Tartu_linnavalitsus, lk 14
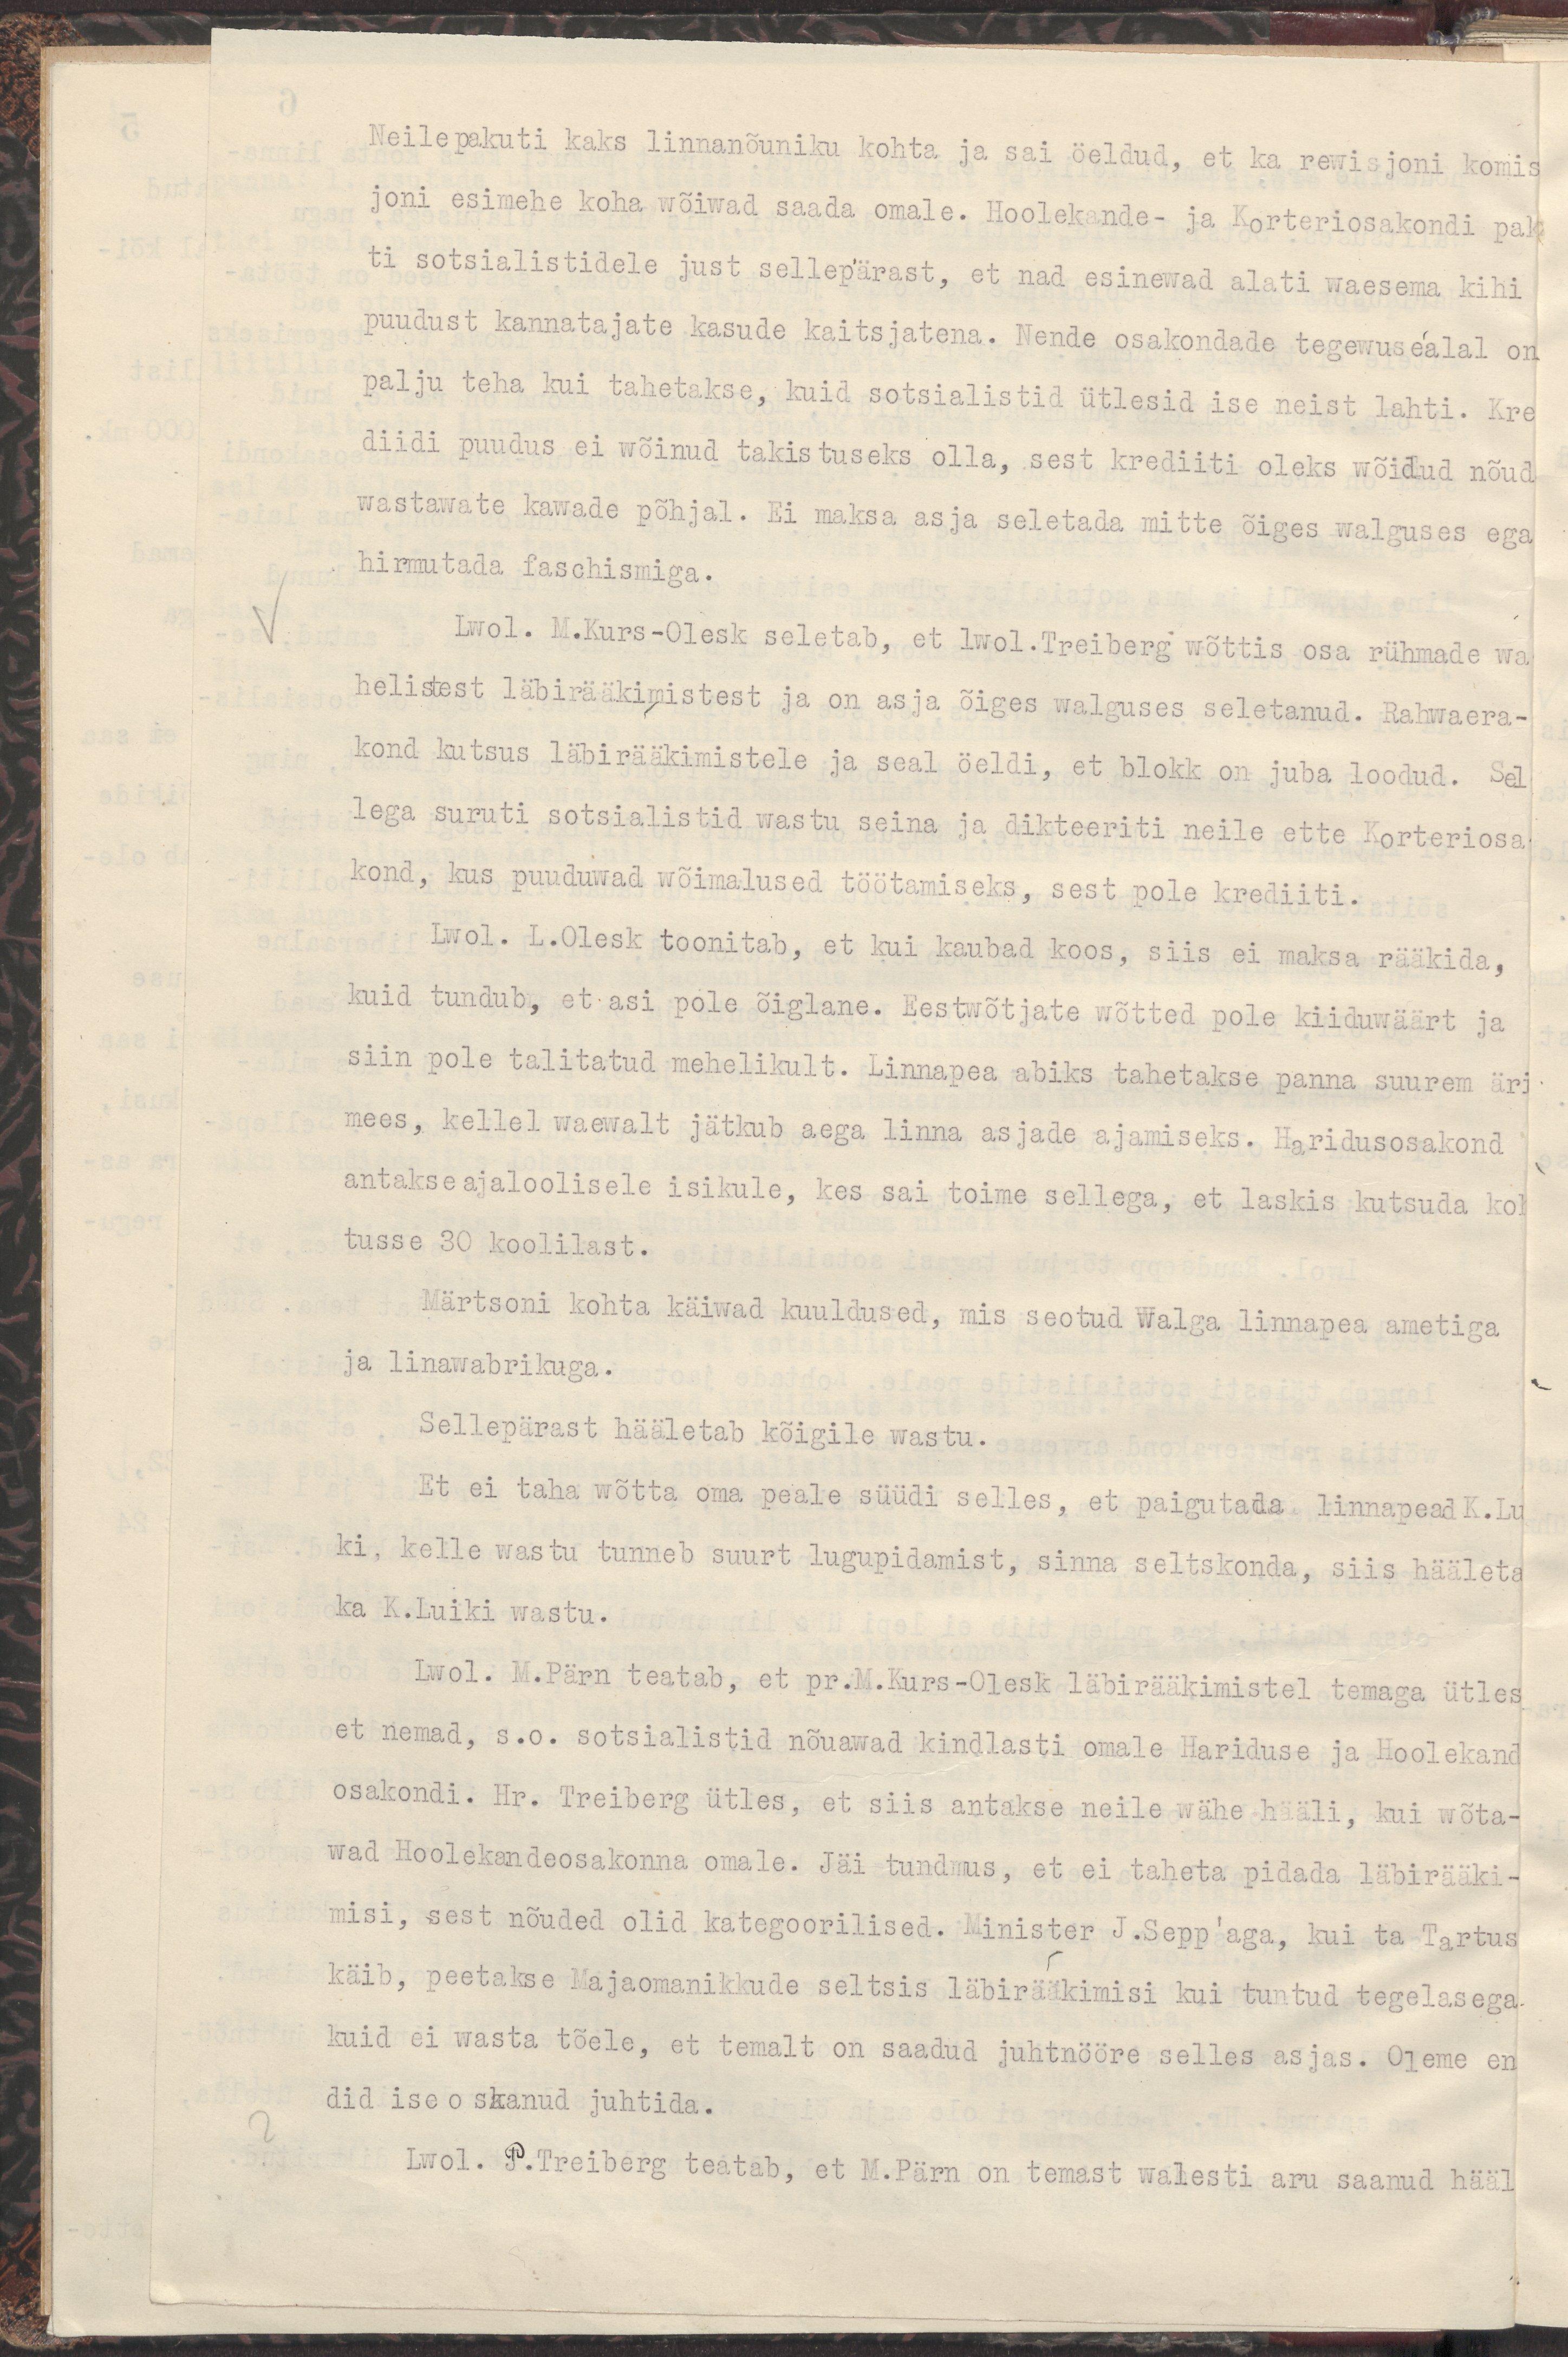
Neile pakuti kaks linnanõuniku kohta ja sai öeldud, et ka rewisjoni komis
joni esimehe koha wõiwad saada omale. Hoolekande- ja Korteriosakondi pak
ti sotsialistidele just sellepärast, et nad esinewad alati waesema kihi
puudust kannatajate kasude kaitsjatena. Nende osakondade tegewusealal on
palju teha kui tahetakse, kuid sotsialistid ütlesid ise neist lahti. Kre
diidi puudus ei wõinud takistuseks olla, sest krediiti oleks wõidud nõud
wastawate kawade põhjal. Ei maksa asja seletada mitte õiges walguses ega
hirmutada faschismiga.
Lwol. M.Kurs-Olesk seletab, et lwol.Treiberg wõttis osa rühmade wa
helistest läbirääkimistest ja on asja õiges walguses seletanud. Rahwaera-
kond kutsus läbirääkimistele ja seal öeldi, et blokk on juba loodud. Sel
lega suruti sotsialistid wastu seina ja dikteeriti neile ette Korteriosa
kond, kus puuduwad wõimalused töötamiseks, sest pole krediiti.
Lwol. L.Olesk toonitab, et kui kaubad koos, siis ei maksa rääkida,
kuid tundub, et asi pole õiglane. Eestwõtjate wõtted pole kiiduwäärt ja
siin pole talitatud mehelikult. Linnapea abiks tahetakse panna suurem äri
mees, kellel waewalt jätkub aega linna asjade ajamiseks. Haridusosakond
antakse ajaloolisele isikule, kes sai toime sellega, et laskis kutsuda koh
tusse 30 koolilast.
Märtsoni kohta käiwad kuuldused, mis seotud Walga linnapea ametiga
ja linnawabrikuga.
Sellepärast hääletab kõigile wastu.
Et ei taha wõtta oma peale süüdi selles, et paigutada linnapead K. Lui
ki, kelle wastu tunneb suurt lugupidamist, sinna seltskonda, siis hääleta
ka K.Luiki wastu.
Lwol. M. Pärn teatab, et pr.M.Kurs-Olesk läbirääkimistel temaga ütles
et nemad, s.o. sotsialistid nõuawad kindlasti omale Hariduse ja Hoolekand
osakondi. Hr. Treiberg ütles, et siis antakse neile wähe hääli, kui wõta-
wad Hoolekandeosakonna omale. Jäi tundmus, et ei taheta pidada läbirääki-
misi, sest nõuded olid kategoorilised. Minister J.Sepp'aga, kui ta Tartus
käib, peetakse Majaomanikkude seltsis läbirääkimisi kui tuntud tegelasega
kuid ei wasta tõele, et temalt on saadud juhtnööre selles asjas. Oleme en
did ise oskanud juhtida.
Lwol. P.Treiberg teatab, et M.Pärn on temast walesti aru saanud hääl